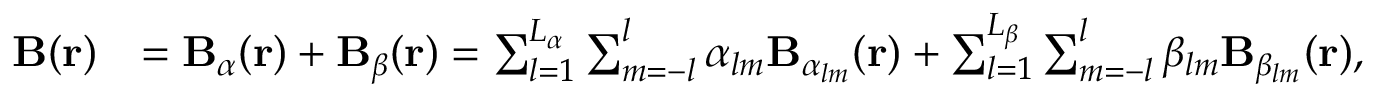
\begin{array} { r l } { \mathbf { B } ( \mathbf { r } ) } & { = \mathbf { B } _ { \alpha } ( \mathbf { r } ) + \mathbf { B } _ { \beta } ( \mathbf { r } ) = \sum _ { l = 1 } ^ { L _ { \alpha } } \sum _ { m = - l } ^ { l } \alpha _ { l m } \mathbf { B } _ { \alpha _ { l m } } ( \mathbf { r } ) + \sum _ { l = 1 } ^ { L _ { \beta } } \sum _ { m = - l } ^ { l } \beta _ { l m } \mathbf { B } _ { \beta _ { l m } } ( \mathbf { r } ) , } \end{array}